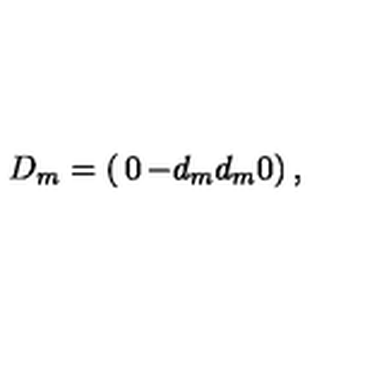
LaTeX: D _ { m } = \left( \begin{matrix} { 0 } & { - d _ { m } } \\ { d _ { m } } & { 0 } \\ \end{matrix} \right) ,